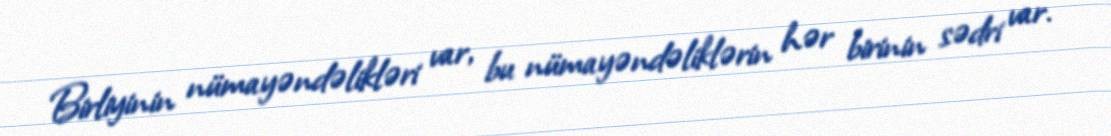
Birliyinin nümayəndəlikləri var, bu nümayəndəliklərin hər birinin sədri var.